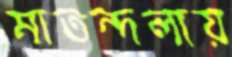
মাতন্দলায়